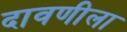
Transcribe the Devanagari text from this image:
दावणीला